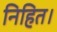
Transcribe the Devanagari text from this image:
निहित।